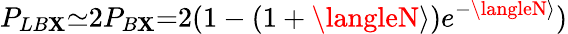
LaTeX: P_{LB\mathbf{X}}{\simeq}2P_{B\mathbf{X}}{=}2(1-(1+\langleN\rangle)e^{-\langleN\rangle})